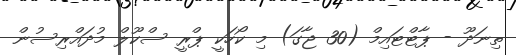
ތިނަދޫ - ޕާޓްޓައިމް (30 ޖާގަ) މި ކޯހަކީ ޕްރީ ސްކޫލް މުދައްރިސުން